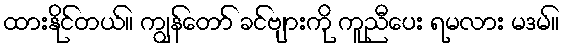
ထားနိုင်တယ်။ ကျွန်တော် ခင်ဗျားကို ကူညီပေး ရမလား မဒမ်။